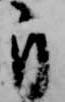
自